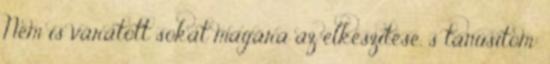
Nem is váratott sokat magára az elkészítése, s tanúsítom: